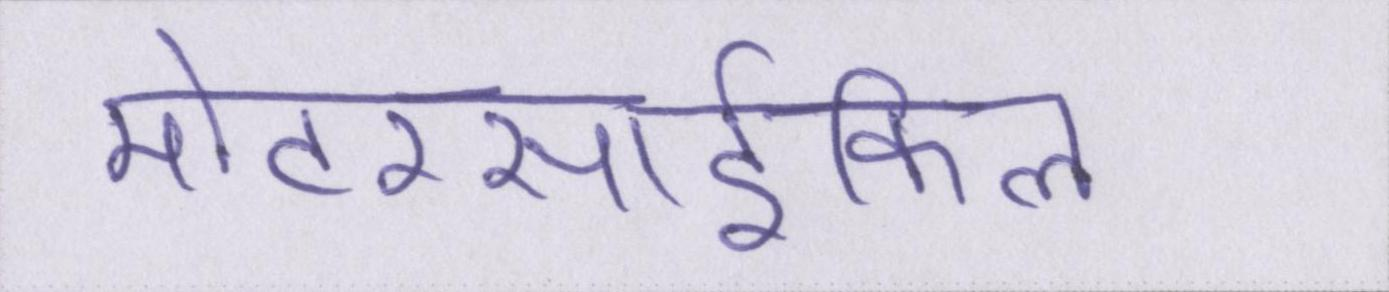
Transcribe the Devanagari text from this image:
मोटरसार्इकिल